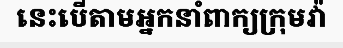
នេះបើតាមអ្នកនាំពាក្យក្រុមវ៉ា